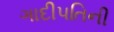
ગાદીપતિની